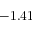
- 1 . 4 1